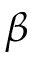
\beta